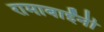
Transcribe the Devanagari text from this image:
रामाबाईंनी